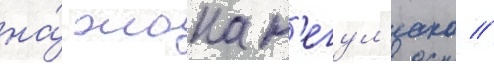
на́ жана н'егул'еско //